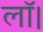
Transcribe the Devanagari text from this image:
लॉ।